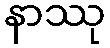
နာဿု